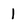
Character: 1